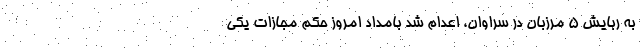
به ربایش 5 مرزبان در سراوان، اعدام شد بامداد امروز حکم مجازات یکی